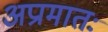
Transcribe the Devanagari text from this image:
अप्रामातः